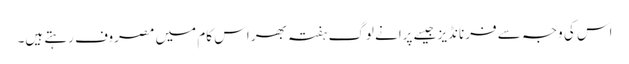
اس کی وجہ سے فرنانڈیز جیسے پرانے لوگ ہفتہ بھر اس کام میں مصروف رہتے ہیں۔